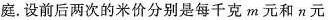
庭。设前后两次的米价分别是每千克m元和n元